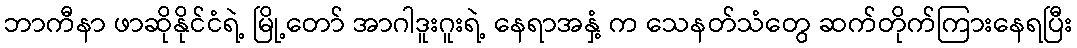
ဘာကီနာ ဖာဆိုနိုင်ငံရဲ့ မြို့တော် အာဂါဒူးဂူးရဲ့ နေရာအနှံ့ က သေနတ်သံတွေ ဆက်တိုက်ကြားနေရပြီး